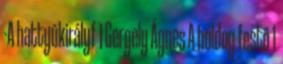
-A hattyúkirályf 1 Gergely Ágnes A boldog festő 1